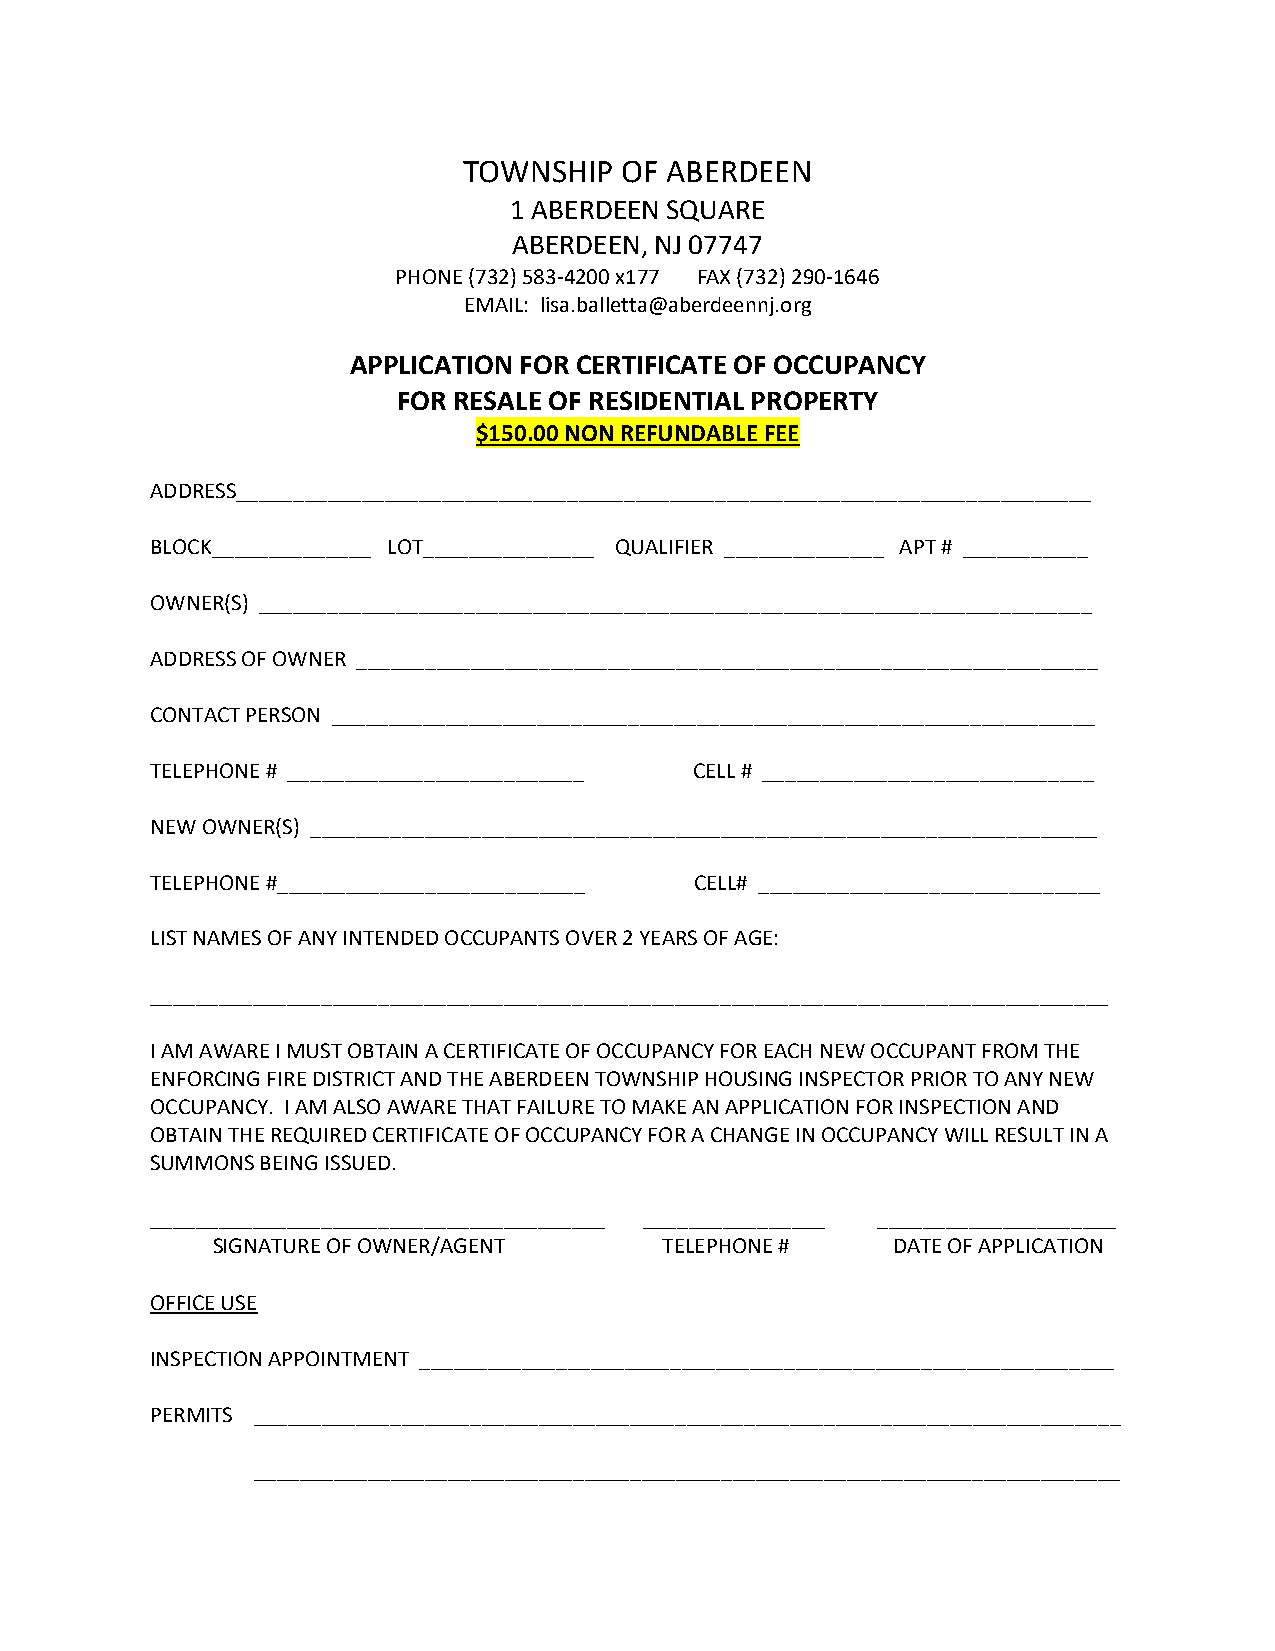
TOWNSHIP  OF ABERDEEN
 1 ABERDEEN SQUARE
 ABERDEEN, NJ 07747
 PHONE (732) 583-4200 x177 FAX (732) 290-1646
 EMAIL: lisa.balletta@aberdeennj.org
 APPLICATION FOR CERTIFICATE OF OCCUPANCY
 FOR RESALE OF RESIDENTIAL PROPERTY
 $150.00 NON REFUNDABLE FEE
 ADDRESS___________________________________________________________________________
 BLOCK______________ LOT_______________ QUALIFIER ______________ APT # ___________
 OWNER(S) _________________________________________________________________________
 ADDRESS OF OWNER _________________________________________________________________
 CONTACT PERSON ___________________________________________________________________
 TELEPHONE # __________________________ CELL # _____________________________
 NEW OWNER(S) _____________________________________________________________________
 TELEPHONE #___________________________ CELL# ______________________________
 LIST NAMES OF ANY INTENDED OCCUPANTS OVER 2 YEARS OF AGE:
 ____________________________________________________________________________________
 I AM AWARE I MUST OBTAIN A CERTIFICATE OF OCCUPANCY FOR EACH NEW OCCUPANT FROM THE
 ENFORCING FIRE DISTRICT AND THE ABERDEEN TOWNSHIP HOUSING INSPECTOR PRIOR TO ANY NEW
 OCCUPANCY. I AM ALSO AWARE THAT FAILURE TO MAKE AN APPLICATION FOR INSPECTION AND
 OBTAIN THE REQUIRED CERTIFICATE OF OCCUPANCY FOR A CHANGE IN OCCUPANCY WILL RESULT IN A
 SUMMONS BEING ISSUED.
 ________________________________________ ________________ _____________________
 SIGNATURE OF OWNER/AGENT      TELEPHONE #    DATE OF APPLICATION
 OFFICE USE
 INSPECTION APPOINTMENT _____________________________________________________________
 PERMITS ____________________________________________________________________________
 ____________________________________________________________________________